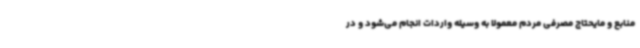
منابع و مایحتاج مصرفی مردم معمولا به وسیله واردات انجام می‌شود و در